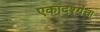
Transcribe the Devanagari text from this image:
एकादश्यंना